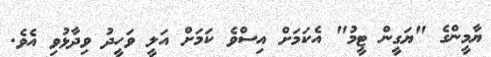
ޔާމީންގެ "ޔަގީން ޓީމު" އެކަމަށް އިސްވެ ކަމަށް އަލީ ވަހީދު ވިދާޅުވި އެވެ.